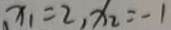
x _ { 1 } = 2 , x _ { 2 } = - 1